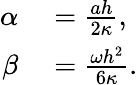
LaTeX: \begin{array}{rl}{\alpha}&{{}=\frac{ah}{2\kappa},}\\ {\beta}&{{}=\frac{\omega h^{2}}{6\kappa}.}\end{array}